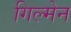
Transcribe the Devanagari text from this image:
गिल्मेन